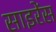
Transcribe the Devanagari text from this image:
साइरेंस